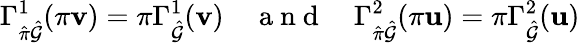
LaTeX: \Gamma_{\hat{\pi}\hat{\mathcal{G}}}^{1}(\pi\mathbf{v})=\pi\Gamma_{\hat{\mathcal{G}}}^{1}(\mathbf{v})\quad\mathrm{~a~n~d~}\quad\Gamma_{\hat{\pi}\hat{\mathcal{G}}}^{2}(\pi\mathbf{u})=\pi\Gamma_{\hat{\mathcal{G}}}^{2}(\mathbf{u})